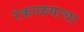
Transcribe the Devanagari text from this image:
रंकाळयाचा